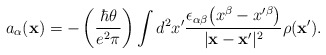
\begin{align*}a_\alpha({\bf x})=-\left({\hbar\theta\over e^2\pi}\right)\int d^2x^\prime {\epsilon_{\alpha\beta}\bigl(x^\beta-x^{\prime\beta}\bigr)\over\vert {\bf x}-{\bf x}^\prime\vert^2}\rho({\bf x}^\prime).\end{align*}